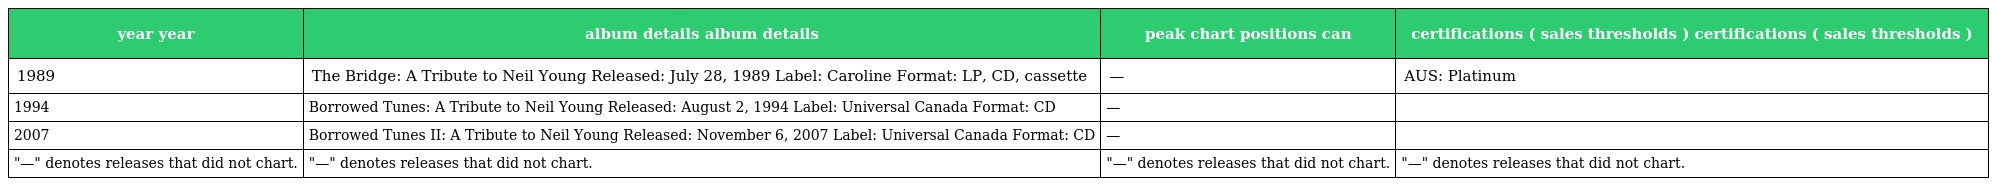
| year year | album details album details | peak chart positions can | certifications ( sales thresholds ) certifications ( sales thresholds ) |
 | --- | --- | --- | --- |
 | 1989 | The Bridge: A Tribute to Neil Young Released: July 28, 1989 Label: Caroline Format: LP, CD, cassette | — | AUS: Platinum |
 | 1994 | Borrowed Tunes: A Tribute to Neil Young Released: August 2, 1994 Label: Universal Canada Format: CD | — |  |
 | 2007 | Borrowed Tunes II: A Tribute to Neil Young Released: November 6, 2007 Label: Universal Canada Format: CD | — |  |
 | "—" denotes releases that did not chart. | "—" denotes releases that did not chart. | "—" denotes releases that did not chart. | "—" denotes releases that did not chart. |